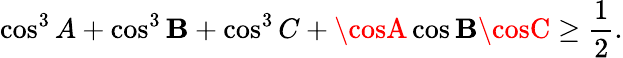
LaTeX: \cos^{3}A+\cos^{3}\mathbf{B}+\cos^{3}C+\cosA\cos\mathbf{B}\cosC\geq{\frac{{1}}{{2}}}.